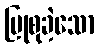
ပြုစုခဲ့သော